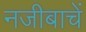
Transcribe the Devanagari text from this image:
नजीबाचें